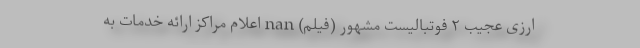
ارزی عجیب ۲ فوتبالیست مشهور (فیلم) nan اعلام مراکز ارائه خدمات به